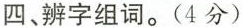
四、辨字组词。(4分)